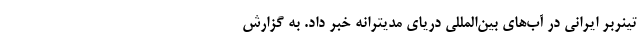
تینربر ایرانی در آب‌های بین‌المللی دریای مدیترانه خبر داد. به گزارش